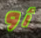
أو